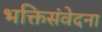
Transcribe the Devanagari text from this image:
भक्तिसंवेदना